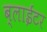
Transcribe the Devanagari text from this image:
ब्लाईटर